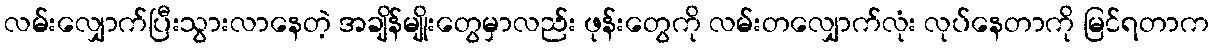
လမ်းလျှောက်ပြီးသွားလာနေတဲ့ အချိန်မျိုးတွေမှာလည်း ဖုန်းတွေကို လမ်းတလျှောက်လုံး လုပ်နေတာကို မြင်ရတာက